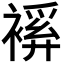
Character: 𧜋